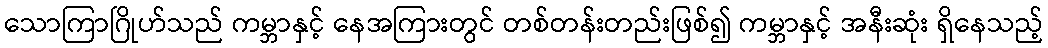
သောကြာဂြိုဟ်သည် ကမ္ဘာနှင့် နေအကြားတွင် တစ်တန်းတည်းဖြစ်၍ ကမ္ဘာနှင့် အနီးဆုံး ရှိနေသည့်